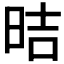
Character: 𪰙